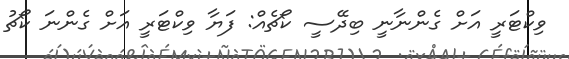
ވިކްޓަރީ އަށް ގެންނާނީ ބިދޭސީ ކޯޗެއް: ފަޔާ ވިކްޓަރީ އަށް ގެންނަ ކޯޗު